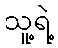
သူ့ရဲ့